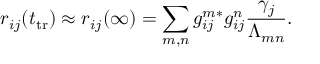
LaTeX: r _ { i j } ( t _ { \mathrm { t r } } ) \approx r _ { i j } ( \infty ) = \sum _ { m , n } g _ { i j } ^ { m * } g _ { i j } ^ { n } \frac { \gamma _ { j } } { \Lambda _ { m n } } .